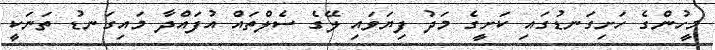
މީހުންގެ ހަށިގަނޑުގައި ކަށީގެ މަދު ފިޔަވައި ލޭގެ ސެލްތައް އުފައްދާ މައިގަނޑު ތަނަކީ